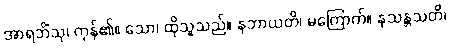
အာရဘိံသု၊ ကုန်၏။ သော၊ ထိုသူသည်။ နဘာယတိ၊ မကြောက်။ နသန္တသတိ၊